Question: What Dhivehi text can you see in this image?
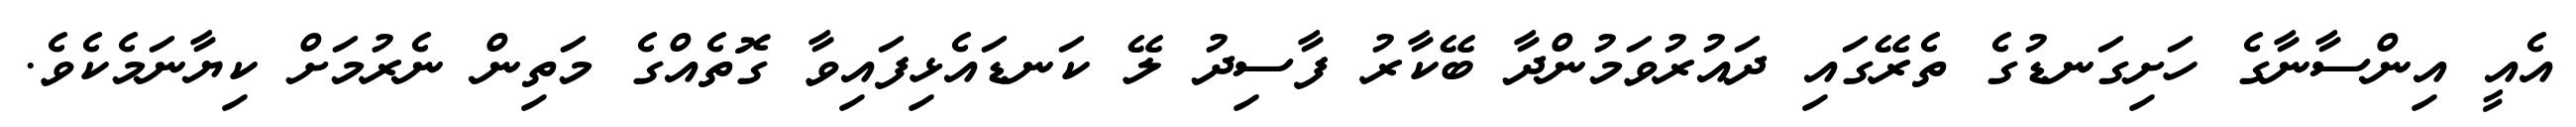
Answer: އެއީ އިންސާނާގެ ހަށިގަނޑުގެ ތެރޭގައި ދައުރުވަމުންދާ ބޭކާރު ފާސިދު ލޭ ކަނޑައެޅިފައިވާ ގޮތެއްގެ މަތިން ނެރުމަށް ކިޔާނަމެކެވެ.